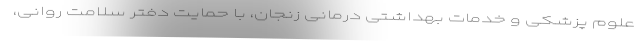
علوم پزشکی و خدمات بهداشتی درمانی زنجان، با حمایت دفتر سلامت روانی،